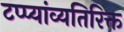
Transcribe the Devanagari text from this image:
टप्प्यांव्यतिरिक्त